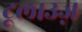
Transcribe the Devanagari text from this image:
टूलाउज़